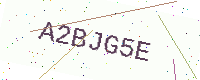
Text: A2BJG5E